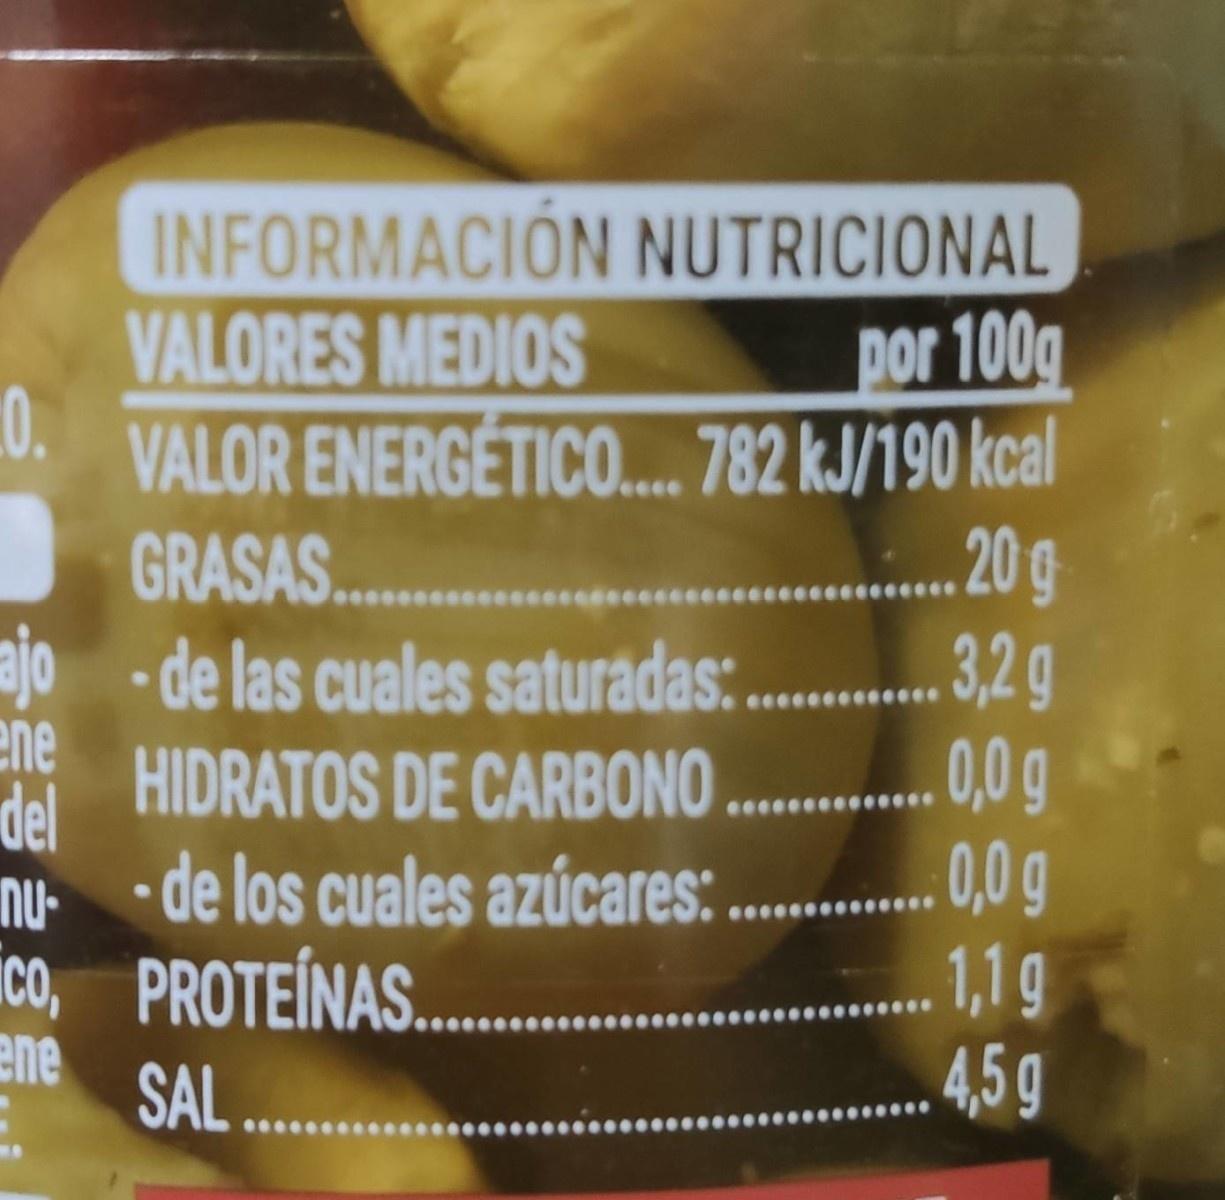
INFORMACION NUTRICIONAL VALORES MEDIOS
por 100g
0.
VALOR ENERGÉTICO. 782 kJ/190 kcal
20g 3,2g 0,0g 0,0g 1,1g 4,5g
GRASAS..
ajo - de las cuales saturadas: ene HIDRATOS DE CARBONO .., g del de los cuales azúcares: ....
nu-
ico, PROTEÍNAS. ene
SAL ...